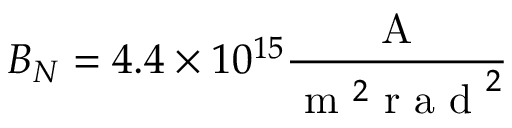
B _ { N } = 4 . 4 \times 1 0 ^ { 1 5 } \frac { \mathrm { ~ A ~ } } { \mathrm { ~ m ~ } ^ { 2 } \mathrm { ~ r ~ a ~ d ~ } ^ { 2 } }